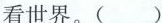
(3(1)2016~2018年，中国农村居民出境游人数的增长幅度明显高于城镇居民出境游人数的增长幅度，0”后和”80”后比较有条件走出国门石世界)中国民众出境游选择”生活体验慢慢慢”多是”90”后和”0材料三中，三幅图代表了中国民众出境游的三种主要类型。请结合材料二、三，预测在接下来的五年中，这三种类型中哪一种预测在中国民众出境游的主要趋势，并简述你的理(3分